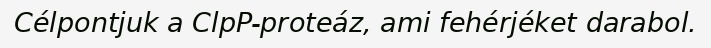
Célpontjuk a ClpP-proteáz, ami fehérjéket darabol.